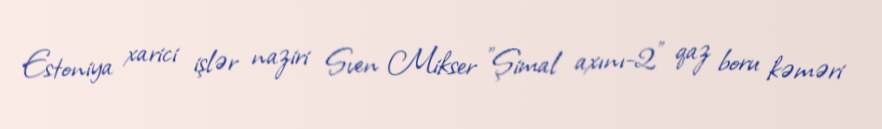
Estoniya xarici işlər naziri Sven Mikser "Şimal axını-2" qaz boru kəməri